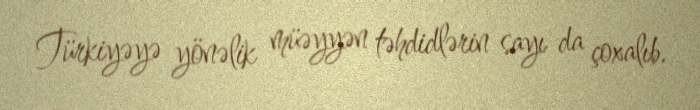
Türkiyəyə yönəlik müəyyən təhdidlərin sayı da çoxalıb.